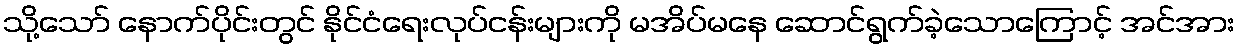
သို့သော် နောက်ပိုင်းတွင် နိုင်ငံရေးလုပ်ငန်းများကို မအိပ်မနေ ဆောင်ရွက်ခဲ့သောကြောင့် အင်အား